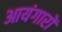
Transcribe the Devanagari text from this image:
आयंगारों